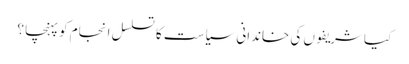
کیا شریفوں کی خاندانی سیاست کا تسلسل انجام کو پہنچا ؟